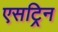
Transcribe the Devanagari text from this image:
एसट्रिन